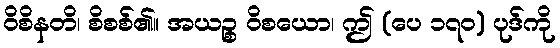
ဝိစိနတိ၊ စိစစ်၏။ အယဉ္စ ဝိစယော၊ ဤ (ပေ ၁၇၀) ပုဒ်ကို